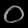
Digit: ၀